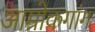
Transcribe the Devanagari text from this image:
आम्रोकगांग